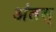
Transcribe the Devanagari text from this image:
अंतस्